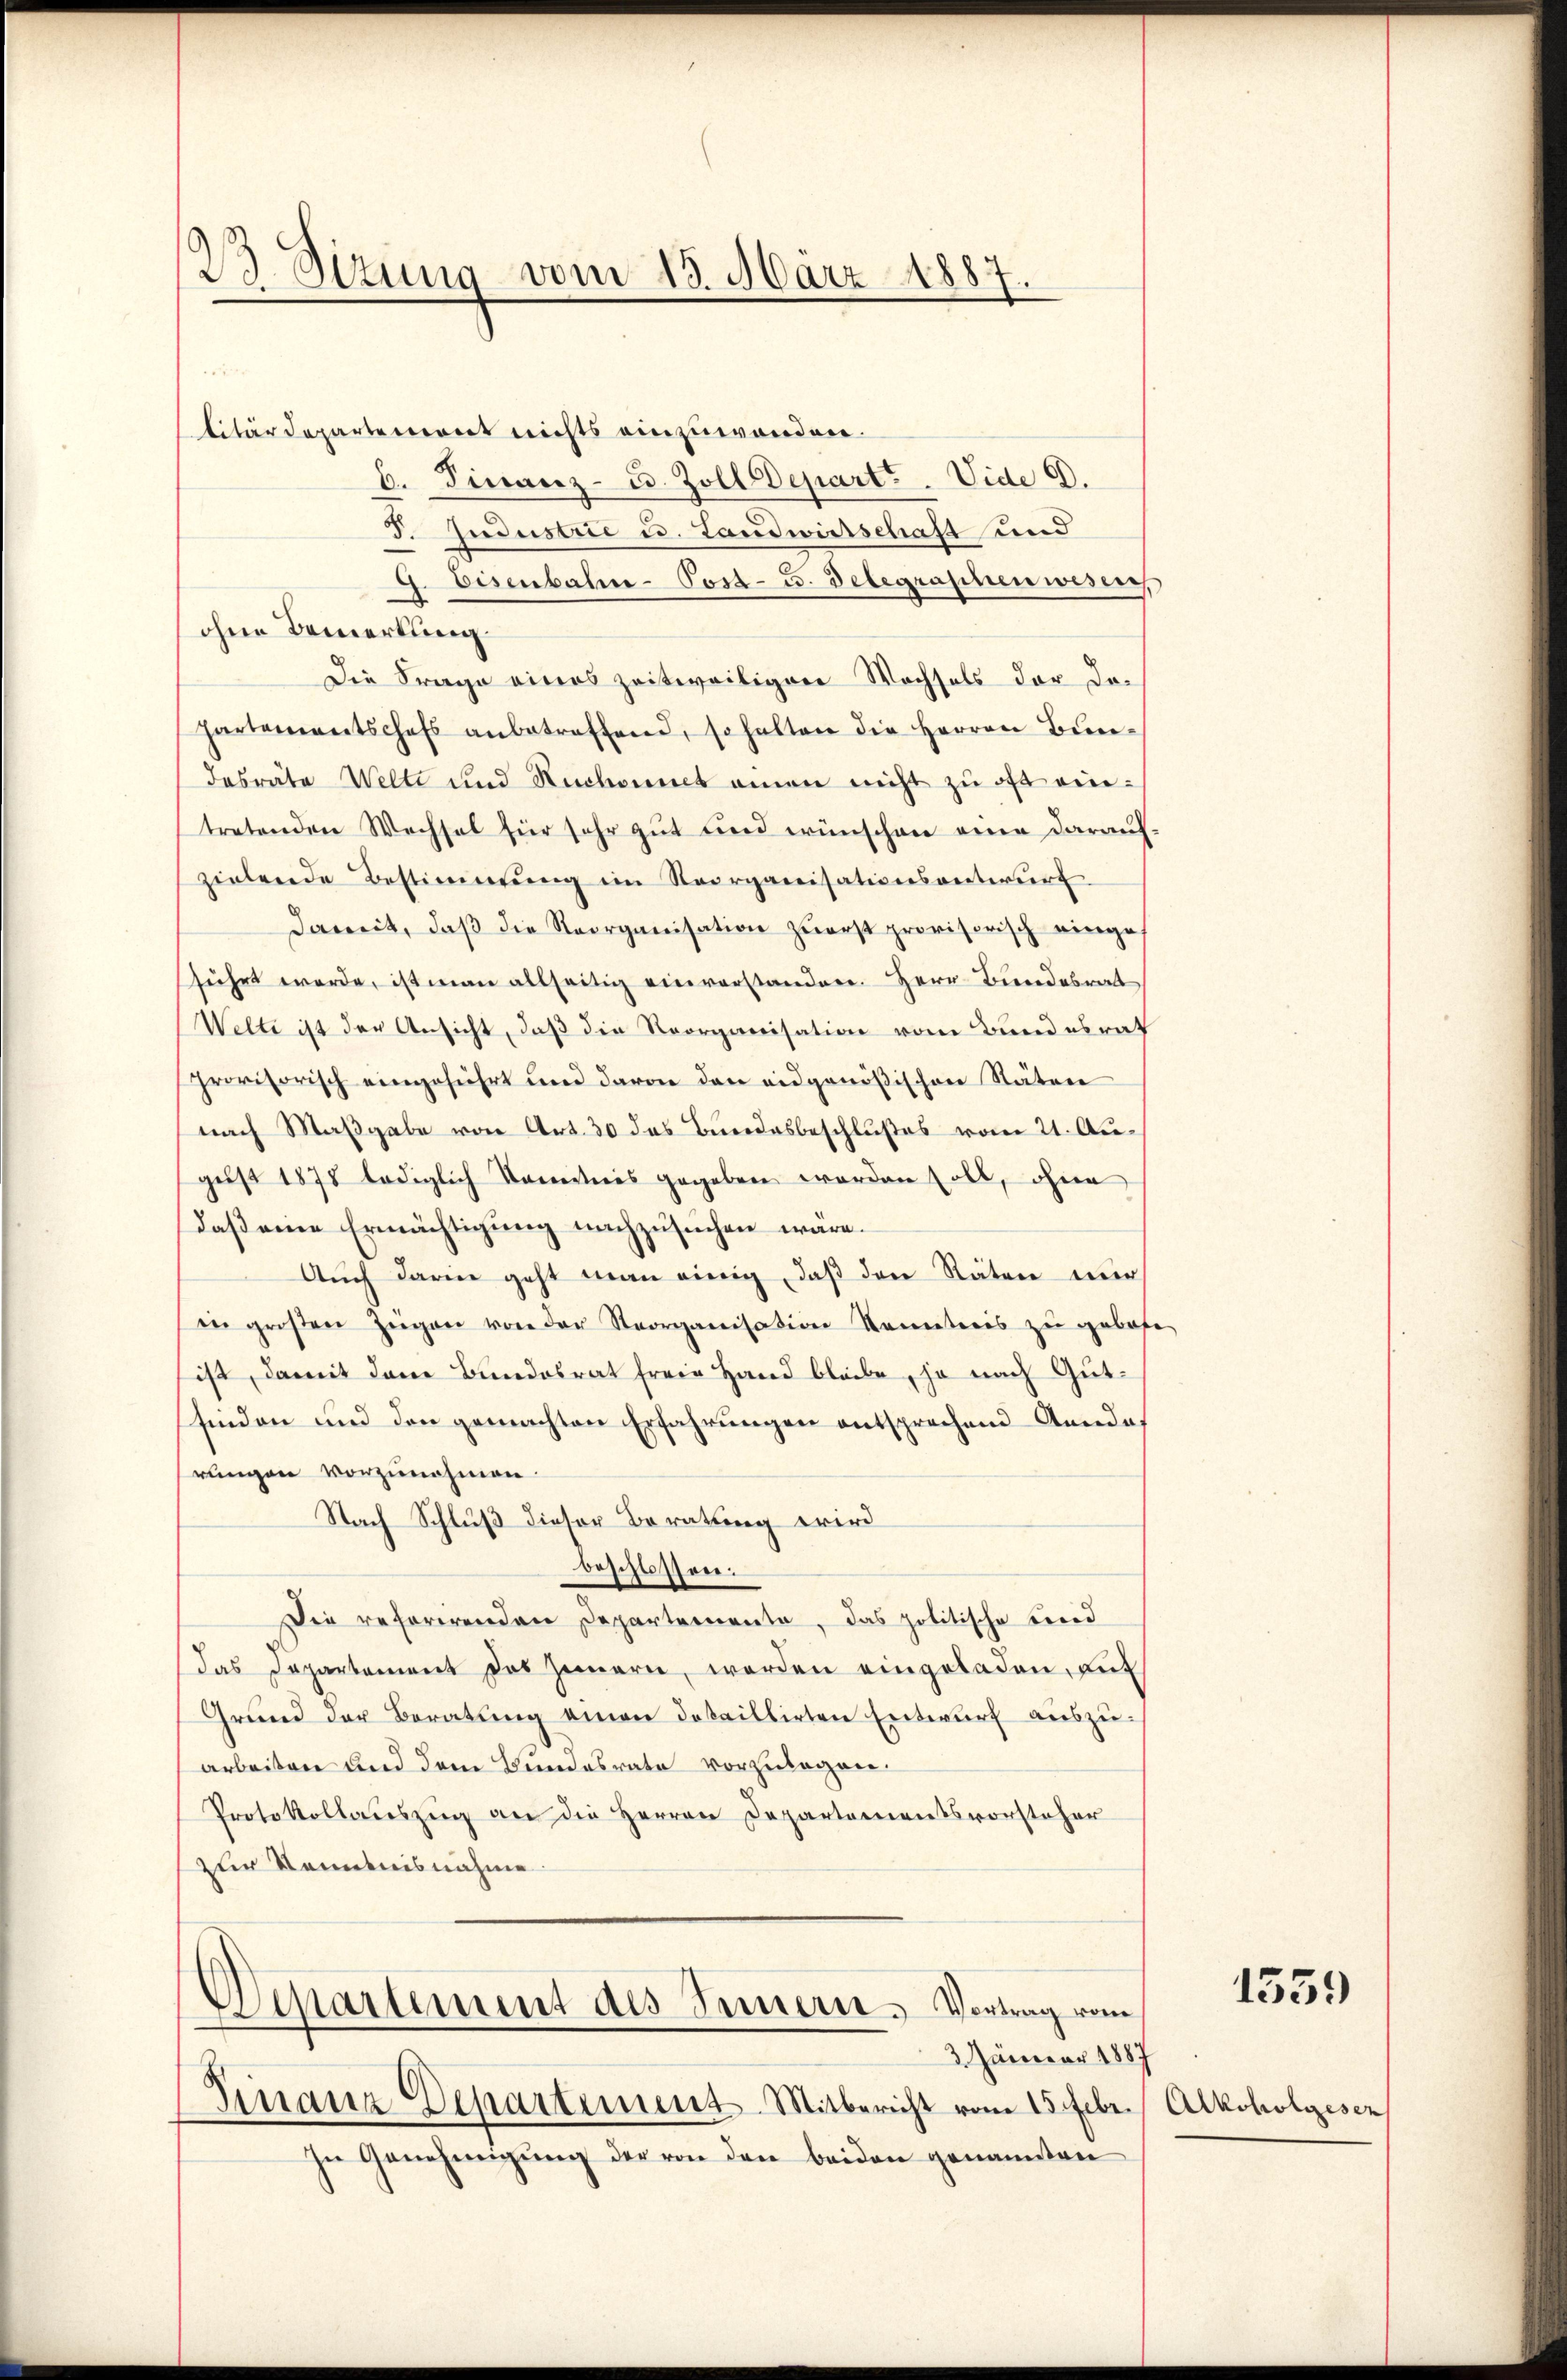
23. Sitzung vom 13. März 1887.

litärdepartement nichts einzuwenden.
b. Finanz- u. Zoll Departe. Vide C.
F. Jndustrie u. Landwirtschaft und
Eisenbahne-Post- u. delegrafinen wesere,
s
ohne Bemerkung.
Die Frage eines zeitweiligen Wochsels der Dohartementschaft anbetreffend, so halten die Herren Bun-
dasräte Welte und Ruchoumet einen nicht zu oft eintretenden Wechsel für sehr gut und wünschen eine darauf
zielende Bestimmung im Reorganisationsanteurf
Damit, daß die Reorganisation zuerst provisorisch einge
führt werde, ist man allseitig einverstanden. Herr Bundesrat
Welti ist der Ansicht, daß die Reorganisation vom Bundesrath
provisorisch eingeführt und davon den eidgenößischen Stäten
nach Maßgabe von Art. 30 das Bundesbeschlußes vom 21. Augŭst 1878 lediglich Kenntnis gegeben worden soll, ohne
daß eine Ermächtigung nachzusuchen wäre.
Auch darin geht man einig, daß den Räten nur
in groβen Zügen von der Reorganisation Kenntnis zŭ gebot
ist, damit den Bundesrat freie Hand bleibe, ja nach Gutfinden und den gemachten Erfahrungen entsprechend Anrede,
rungen vorzunehmen.
Nach Schluß dieser Beratung wird
beschlossen:
Die referirenden Departemente, das politische Bened
das Departement das Zimmern worden eingeladen, auf
Grund der Beratung einen detaillirten Entwurf auszuarbeiten und dem Bundesrate vorzulegen.
Protokollaŭszŭg an die Herren Departementsvorsteher
zur Kenntnisnahme.
Departement des Innern, Vortrag vom
3 Jänner 1887
Finanz Departement-Mitbericht vom 15. Febr.
In Genehmigung der von den beiden genannten

1559

Alkoholgesen